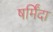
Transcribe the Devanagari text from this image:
षर्मिंदा